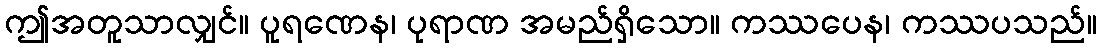
ဤအတူသာလျှင်။ ပူရဏေန၊ ပုရာဏ အမည်ရှိသော။ ကဿပေန၊ ကဿပသည်။